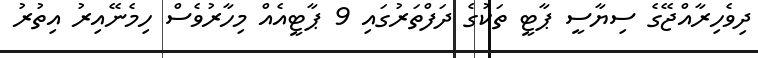
ދިވެހިރާއްޖޭގެ ސިޔާސީ ޕާޓީ ތަކުގެ ދަފްތަރުގައި 9 ޕާޓީއެއް މިހާރުވެސް ހިމެނޭއިރު އިތުރު